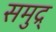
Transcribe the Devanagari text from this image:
समुद्र्